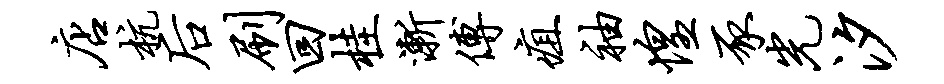
店杭後刷回桂渐傅疽袖惶豕光汐